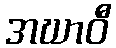
အဃာဝီ